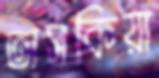
তাসকিয়া